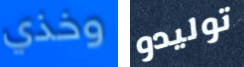
وخذي توليدو